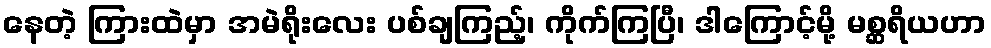
နေတဲ့ ကြားထဲမှာ အမဲရိုးလေး ပစ်ချကြည့်၊ ကိုက်ကြပြီ၊ ဒါကြောင့်မို့ မစ္ဆရိယဟာ